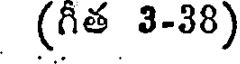
(గీత 3-38)